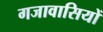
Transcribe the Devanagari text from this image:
गजावासियों